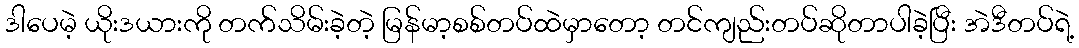
ဒါပေမဲ့ ယိုးဒယားကို တက်သိမ်းခဲ့တဲ့ မြန်မာ့စစ်တပ်ထဲမှာတော့ တင်ကျည်းတပ်ဆိုတာပါခဲ့ပြီး အဲဒီတပ်ရဲ့